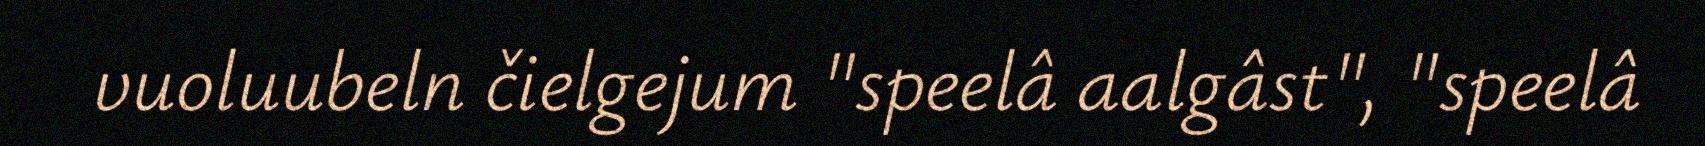
vuoluubeln čielgejum "speelâ aalgâst", "speelâ